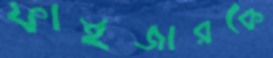
ফাইজারকে